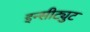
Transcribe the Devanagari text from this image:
इन्सीट्युट